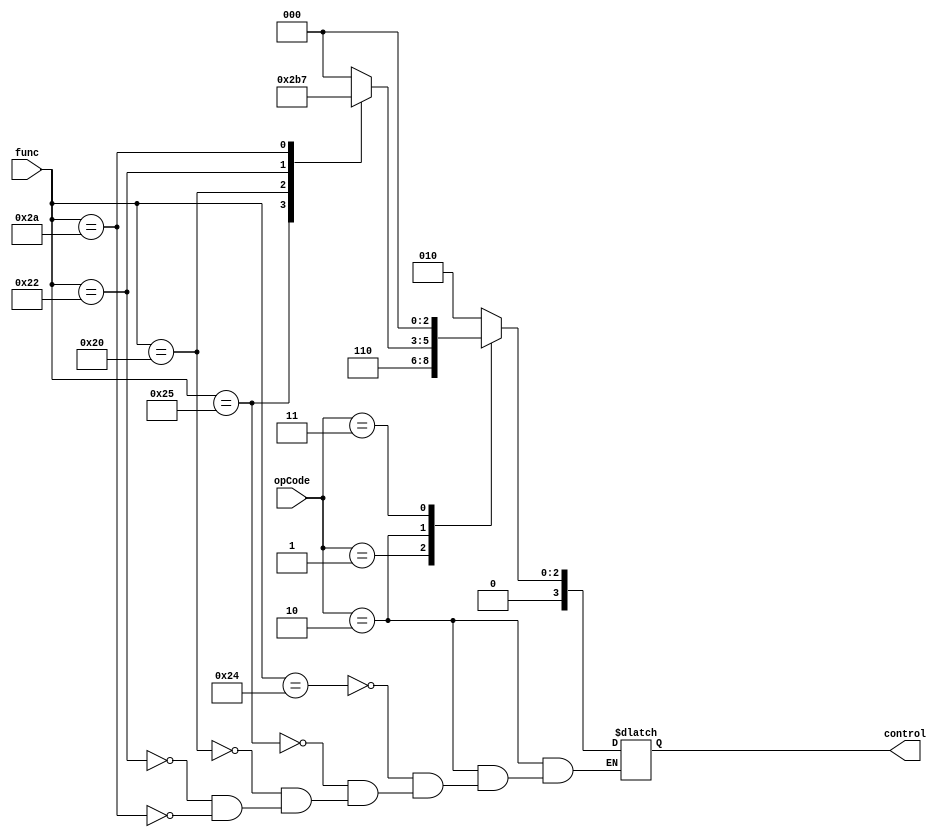
`ifndef MODULE_ALUCONTROL
`define MODULE_ALUCONTROL
`timescale 1ns / 1ps
//////////////////////////////////////////////////////////////////////////////////
// Company: 
// Engineer: 
// 
// Design Name: 
// Module Name: ALUcontrol
// Project Name: 
// Target Devices: 
// Tool Versions: 
// Description: 
// 
// Dependencies: 
// 
// Revision:
// Revision 0.01 - File Created
// Additional Comments:
// 
//////////////////////////////////////////////////////////////////////////////////


module ALUControl(func, opCode, control);
    parameter cbits=4;
    
    input [5:0] func; //function part of machine code
    input [1:0] opCode;
    output reg [cbits-1:0] control;
    
    always @(func or opCode)
    begin
        case(opCode)
            2'b00:
                control = 4'b0010;
            2'b01:
                control = 4'b0110;
            2'b10:
            begin
                case(func)
                6'b100100:
                    control = 4'b0000;
                6'b100101:
                    control = 4'b0001;
                6'b100000:
                    control = 4'b0010;
                6'b100010:
                    control = 4'b0110;
                6'b101010:
                    control = 4'b0111;
                endcase
            end
            2'b11:
                control = 4'b0000;
            endcase
    end
endmodule

`endif